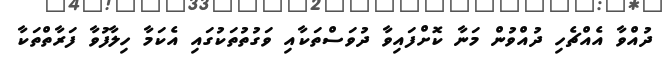
ދުއްވާ އެއްޗެހި ދުއްވުން މަނާ ކޮށްފައިވާ ދުވަސްތަކާއި ވަގުތުތަކުގައި އެކަމާ ހިލާފުވާ ފަރާތްތަކާ